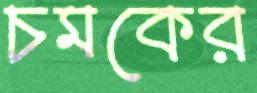
চমকের